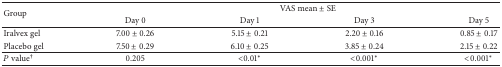
<table><thead><tr><td rowspan="2"><b>Group</b></td><td colspan="4"><b>VAS mean ± SE</b></td></tr><tr><td><b>Day 0</b></td><td><b>Day 1</b></td><td><b>Day 3</b></td><td><b>Day 5</b></td></tr></thead><tbody><tr><td>Iralvex gel</td><td>7.00 ± 0.26</td><td>5.15 ± 0.21</td><td>2.20 ± 0.16</td><td>0.85 ± 0.17</td></tr><tr><td>Placebo gel</td><td>7.50 ± 0.29</td><td>6.10 ± 0.25</td><td>3.85 ± 0.24</td><td>2.15 ± 0.22</td></tr><tr><td><i>P</i> value<sup>†</sup></td><td>0.205</td><td>&lt;0.01∗</td><td>&lt;0.001∗</td><td>&lt;0.001∗</td></tr></tbody></table>